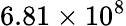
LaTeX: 6.81\times 10^{8}